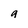
Character: g